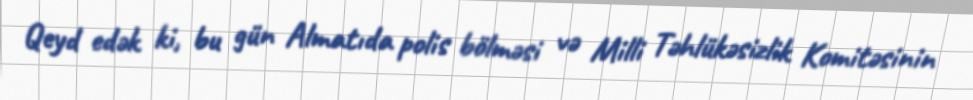
Qeyd edək ki, bu gün Almatıda polis bölməsi və Milli Təhlükəsizlik Komitəsinin